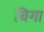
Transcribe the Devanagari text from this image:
बिगा